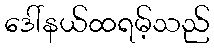
ဒေါ်နယ်ထရမ့်သည်